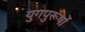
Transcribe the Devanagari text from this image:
युगपुरूषों